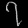
Digit: ၇